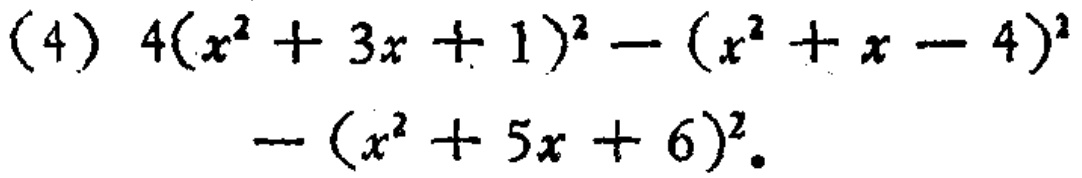
\[(4) 4(x^{2}+3x + 1)^{2}-(x^{2}+x - 4)^{2}-(x^{2}+5x + 6)^{2}\]